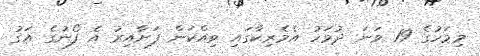
މިމަހުގެ 19 ވަނަ ދުވަހު އެމެރިކާގައި ވިއްކަން ފަށާއިރު އެ ފޯނުގެ އަގު